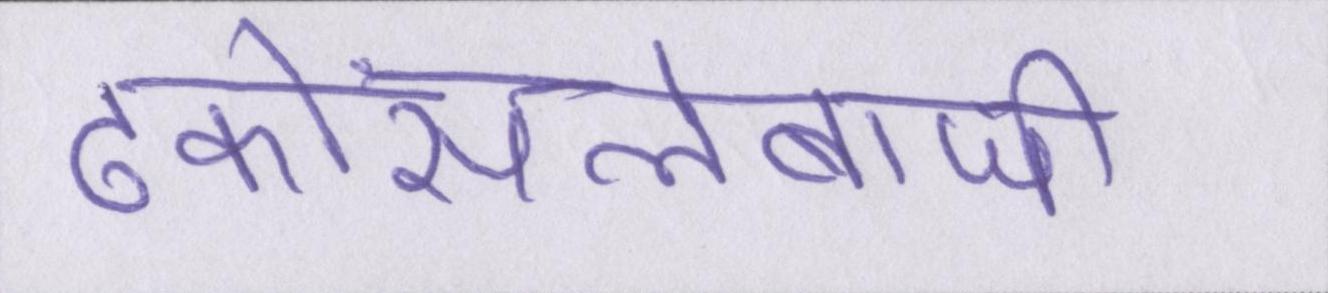
ढकोंसलेबाजी